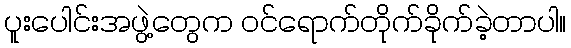
ပူးပေါင်းအဖွဲ့တွေက ဝင်ရောက်တိုက်ခိုက်ခဲ့တာပါ။